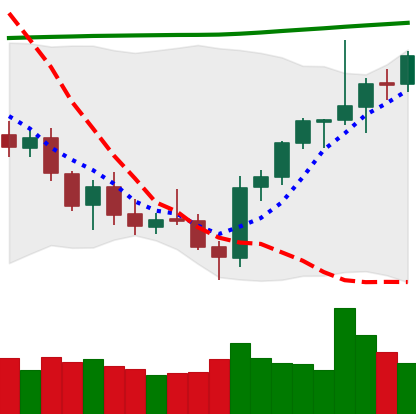
Ticker: ETH-USD
Chart end date: 2021-07-29
Forward return: 5.098%
Label: up_5_7